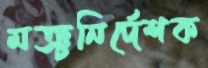
মঞ্চনির্দেশক